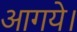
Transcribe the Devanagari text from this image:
आगये।